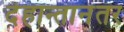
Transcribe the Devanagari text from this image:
देहान्तानंतर